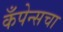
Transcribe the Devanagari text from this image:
कँपेन्सचा